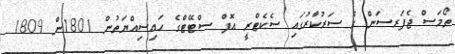
ތޯމަސް ޖެފަރސަން ގެ ސަރުކާރުގައި ސެކެޓްރީ އޮފް ސްޓޭޓްގެ ހައިސިއްޔަތުން 1801ން 1809